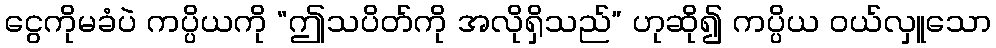
ငွေကိုမခံပဲ ကပ္ပိယကို “ဤသပိတ်ကို အလိုရှိသည်” ဟုဆို၍ ကပ္ပိယ ဝယ်လှူသော